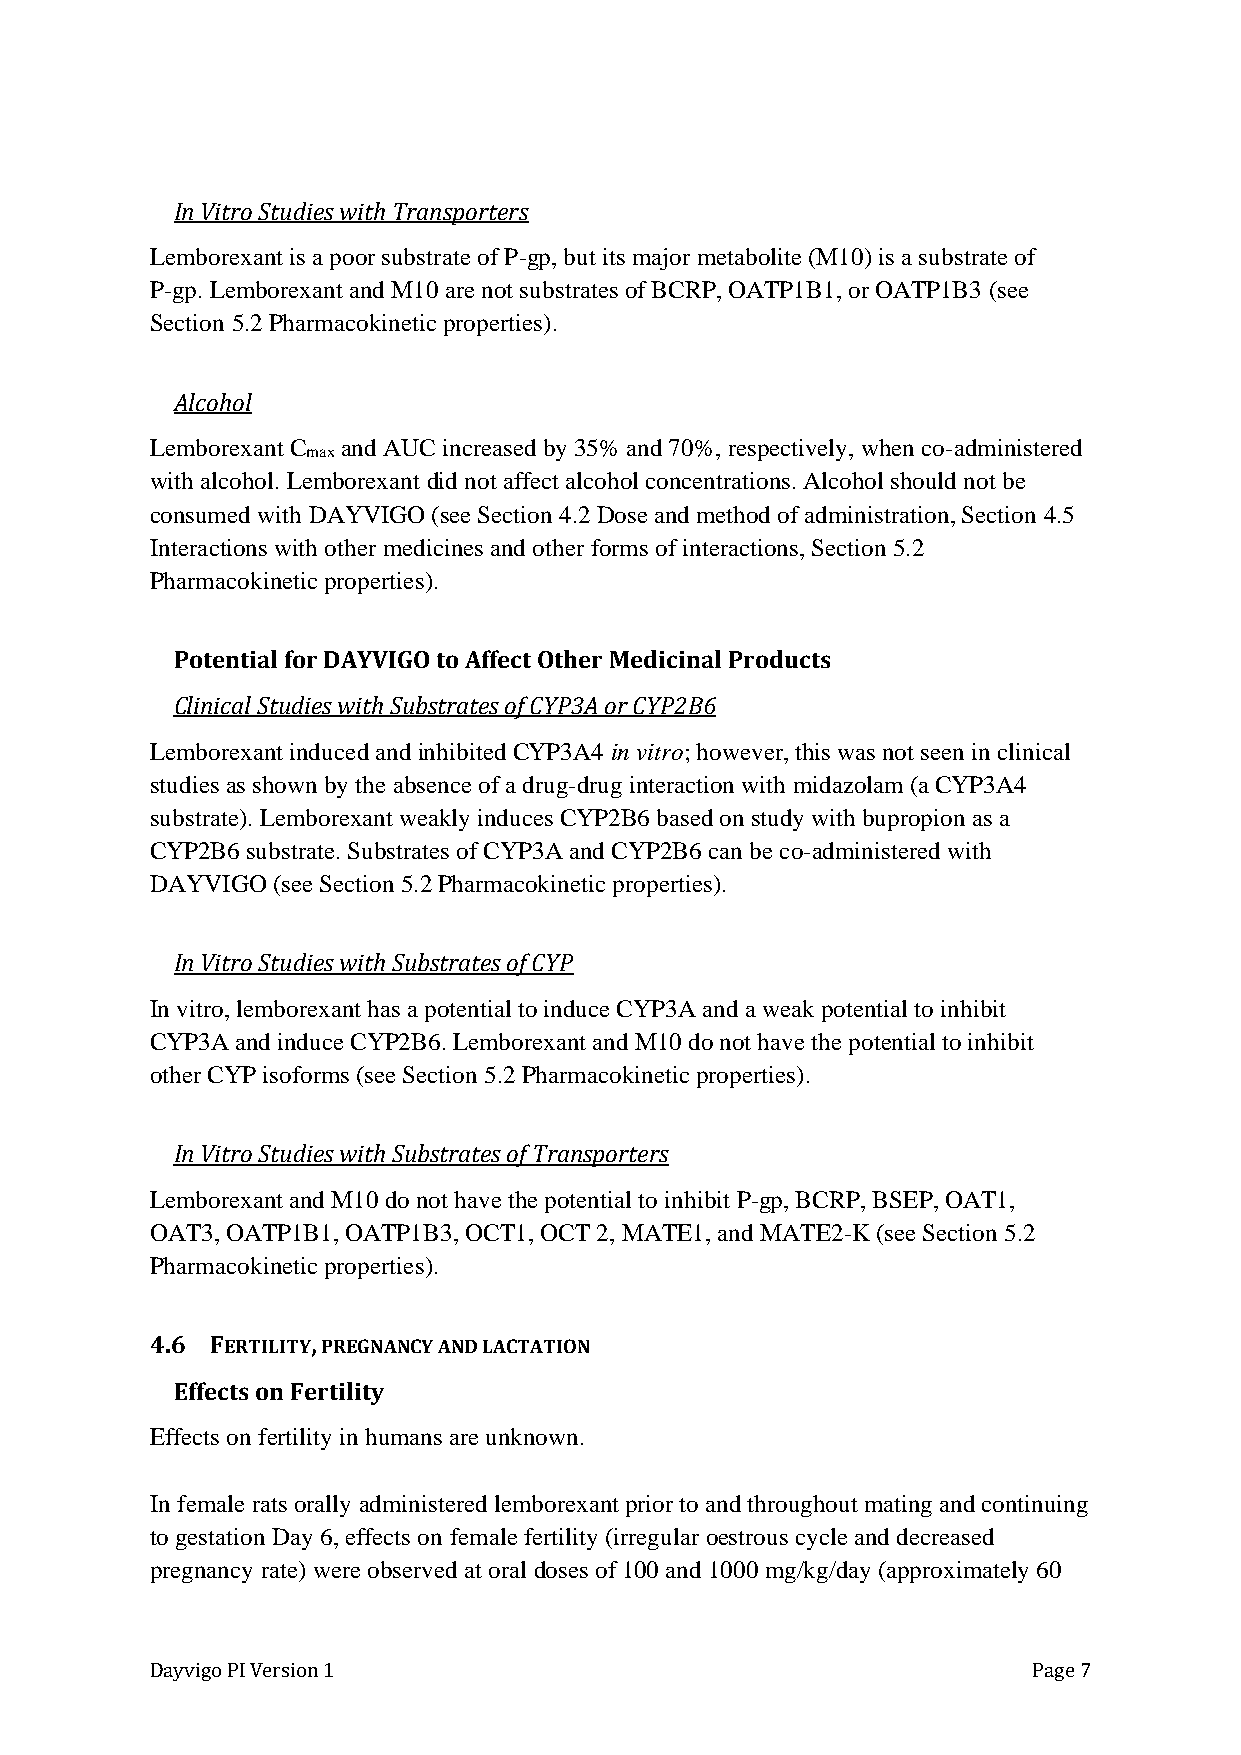
In Vitro Studies with Transporters
 Lemborexant is a poor substrate of P-gp, but its major metabolite (M10) is a substrate of
 P-gp. Lemborexant and M10 are not substrates of BCRP, OATP1B1, or OATP1B3 (see
 Section 5.2 Pharmacokinetic properties).
 Alcohol
 Lemborexant C and AUC increased by 35% and 70%, respectively, when co-administered
 max
 with alcohol. Lemborexant did not affect alcohol concentrations. Alcohol should not be
 consumed with DAYVIGO (see Section 4.2 Dose and method of administration, Section 4.5
 Interactions with other medicines and other forms of interactions, Section 5.2
 Pharmacokinetic properties).
 Potential for DAYVIGO to Affect Other Medicinal Products
 Clinical Studies with Substrates of CYP3A or CYP2B6
 Lemborexant induced and inhibited CYP3A4 in vitro; however, this was not seen in clinical
 studies as shown by the absence of a drug-drug interaction with midazolam (a CYP3A4
 substrate). Lemborexant weakly induces CYP2B6 based on study with bupropion as a
 CYP2B6 substrate. Substrates of CYP3A and CYP2B6 can be co-administered with
 DAYVIGO (see Section 5.2 Pharmacokinetic properties).
 In Vitro Studies with Substrates of CYP
 In vitro, lemborexant has a potential to induce CYP3A and a weak potential to inhibit
 CYP3A and induce CYP2B6. Lemborexant and M10 do not have the potential to inhibit
 other CYP isoforms (see Section 5.2 Pharmacokinetic properties).
 In Vitro Studies with Substrates of Transporters
 Lemborexant and M10 do not have the potential to inhibit P-gp, BCRP, BSEP, OAT1,
 OAT3, OATP1B1, OATP1B3, OCT1, OCT 2, MATE1, and MATE2-K (see Section 5.2
 Pharmacokinetic properties).
 4.6 FERTILITY, PREGNANCY AND LACTATION
 Effects on Fertility
 Effects on fertility in humans are unknown.
 In female rats orally administered lemborexant prior to and throughout mating and continuing
 to gestation Day 6, effects on female fertility (irregular oestrous cycle and decreased
 pregnancy rate) were observed at oral doses of 100 and 1000 mg/kg/day (approximately 60
 Dayvigo PI Version 1                                      Page 7